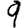
Digit: 9